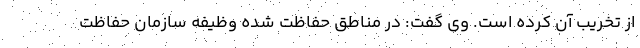
از تخریب آن کرده است. وی گفت: در مناطق حفاظت شده وظیفه سازمان حفاظت